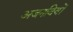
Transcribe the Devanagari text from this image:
अजनवियों